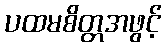
ပထမစိတ္တအဖွင့်